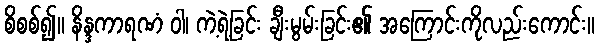
စိစစ်၍။ နိန္ဒကာရဏံ ဝါ၊ ကဲ့ရဲ့ခြင်း ချီးမွမ်းခြင်း၏ အကြောင်းကိုလည်းကောင်း။